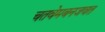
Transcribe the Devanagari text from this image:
चतवेमबनजवत